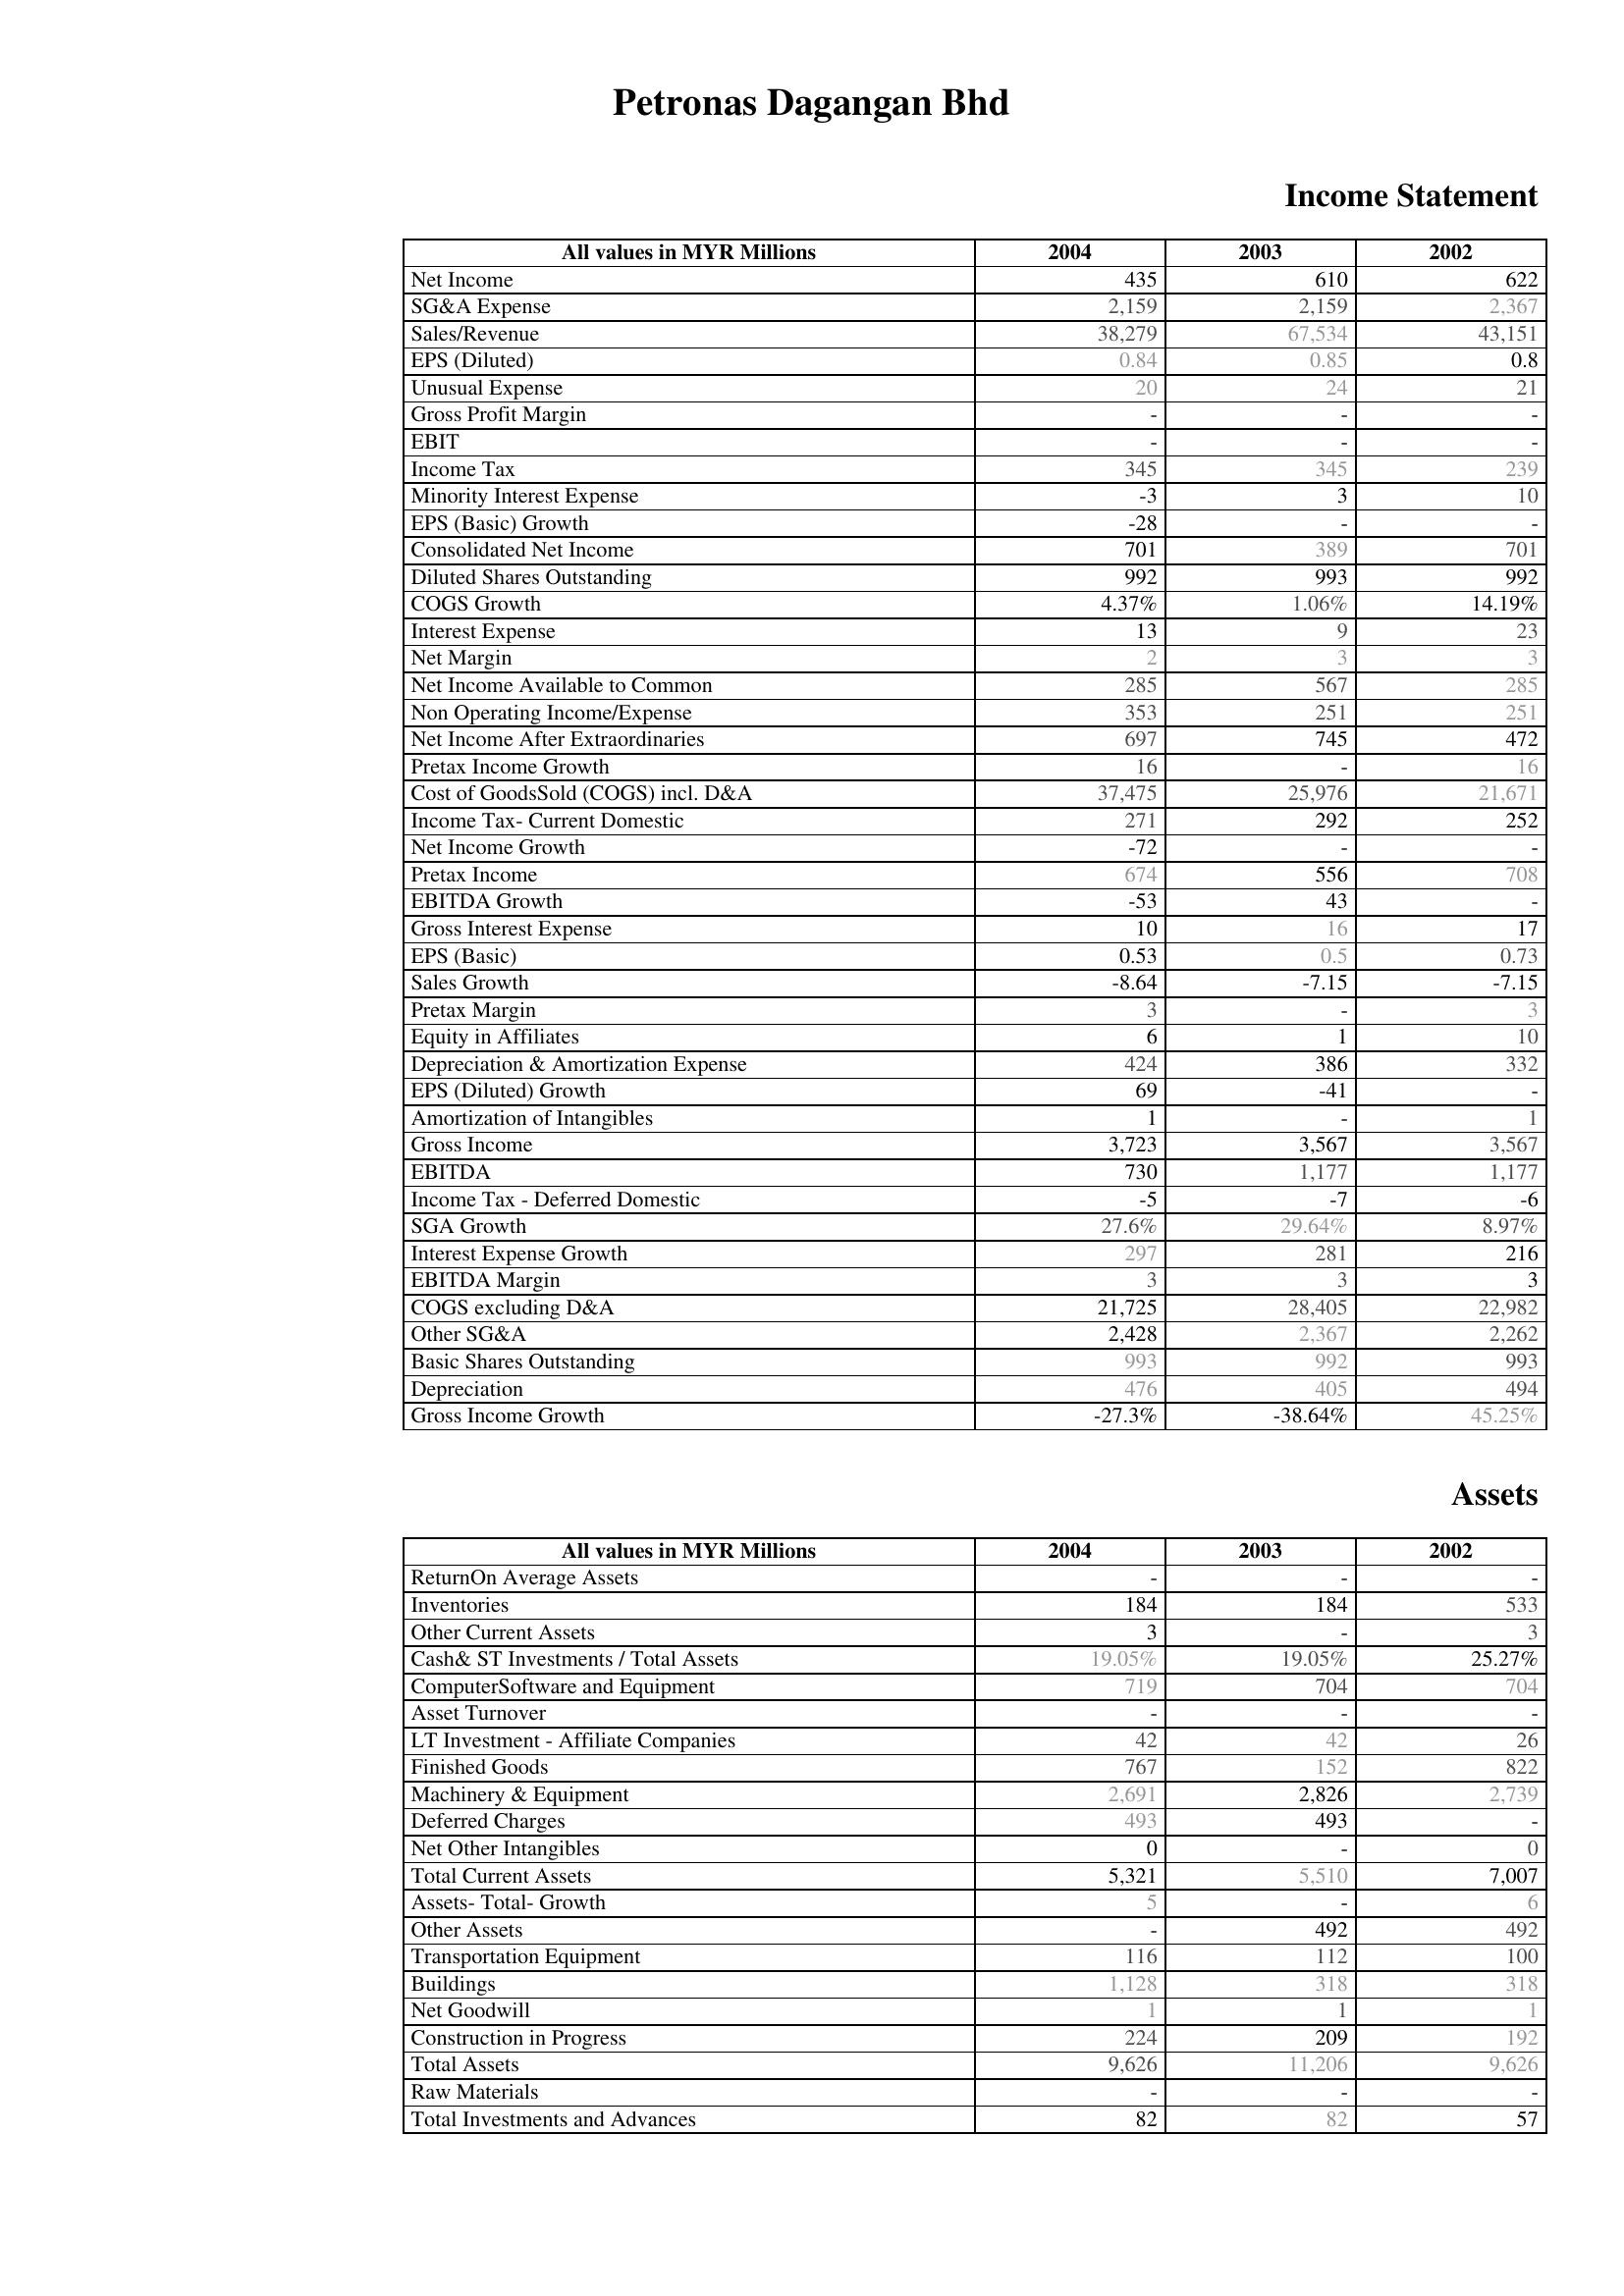
2004: Income Statement: Net Income: 435
SG&A Expense: 2,159
Sales/Revenue: 38,279
EPS (Diluted): 0.84
Unusual Expense: 20
Gross Profit Margin: -
EBIT: -
Income Tax: 345
Minority Interest Expense: -3
EPS (Basic) Growth: -28
Consolidated Net Income: 701
Diluted Shares Outstanding: 992
COGS Growth: 4.37%
Interest Expense: 13
Net Margin: 2
Net Income Available to Common: 285
Non Operating Income/Expense: 353
Net Income After Extraordinaries: 697
Pretax Income Growth: 16
Cost of GoodsSold (COGS) incl. D&A: 37,475
Income Tax- Current Domestic: 271
Net Income Growth: -72
Pretax Income: 674
EBITDA Growth: -53
Gross Interest Expense: 10
EPS (Basic): 0.53
Sales Growth: -8.64
Pretax Margin: 3
Equity in Affiliates: 6
Depreciation & Amortization Expense: 424
EPS (Diluted) Growth: 69
Amortization of Intangibles: 1
Gross Income: 3,723
EBITDA: 730
Income Tax - Deferred Domestic: -5
SGA Growth: 27.6%
Interest Expense Growth: 297
EBITDA Margin: 3
COGS excluding D&A: 21,725
Other SG&A: 2,428
Basic Shares Outstanding: 993
Depreciation: 476
Gross Income Growth: -27.3%
Assets: ReturnOn Average Assets: -
Inventories: 184
Other Current Assets: 3
Cash& ST Investments / Total Assets: 19.05%
ComputerSoftware and Equipment: 719
Asset Turnover: -
LT Investment - Affiliate Companies: 42
Finished Goods: 767
Machinery & Equipment: 2,691
Deferred Charges: 493
Net Other Intangibles: 0
Total Current Assets: 5,321
Assets- Total- Growth: 5
Other Assets: -
Transportation Equipment: 116
Buildings: 1,128
Net Goodwill: 1
Construction in Progress: 224
Total Assets: 9,626
Raw Materials: -
Total Investments and Advances: 82
2003: Income Statement: Net Income: 610
SG&A Expense: 2,159
Sales/Revenue: 67,534
EPS (Diluted): 0.85
Unusual Expense: 24
Gross Profit Margin: -
EBIT: -
Income Tax: 345
Minority Interest Expense: 3
EPS (Basic) Growth: -
Consolidated Net Income: 389
Diluted Shares Outstanding: 993
COGS Growth: 1.06%
Interest Expense: 9
Net Margin: 3
Net Income Available to Common: 567
Non Operating Income/Expense: 251
Net Income After Extraordinaries: 745
Pretax Income Growth: -
Cost of GoodsSold (COGS) incl. D&A: 25,976
Income Tax- Current Domestic: 292
Net Income Growth: -
Pretax Income: 556
EBITDA Growth: 43
Gross Interest Expense: 16
EPS (Basic): 0.5
Sales Growth: -7.15
Pretax Margin: -
Equity in Affiliates: 1
Depreciation & Amortization Expense: 386
EPS (Diluted) Growth: -41
Amortization of Intangibles: -
Gross Income: 3,567
EBITDA: 1,177
Income Tax - Deferred Domestic: -7
SGA Growth: 29.64%
Interest Expense Growth: 281
EBITDA Margin: 3
COGS excluding D&A: 28,405
Other SG&A: 2,367
Basic Shares Outstanding: 992
Depreciation: 405
Gross Income Growth: -38.64%
Assets: ReturnOn Average Assets: -
Inventories: 184
Other Current Assets: -
Cash& ST Investments / Total Assets: 19.05%
ComputerSoftware and Equipment: 704
Asset Turnover: -
LT Investment - Affiliate Companies: 42
Finished Goods: 152
Machinery & Equipment: 2,826
Deferred Charges: 493
Net Other Intangibles: -
Total Current Assets: 5,510
Assets- Total- Growth: -
Other Assets: 492
Transportation Equipment: 112
Buildings: 318
Net Goodwill: 1
Construction in Progress: 209
Total Assets: 11,206
Raw Materials: -
Total Investments and Advances: 82
2002: Income Statement: Net Income: 622
SG&A Expense: 2,367
Sales/Revenue: 43,151
EPS (Diluted): 0.8
Unusual Expense: 21
Gross Profit Margin: -
EBIT: -
Income Tax: 239
Minority Interest Expense: 10
EPS (Basic) Growth: -
Consolidated Net Income: 701
Diluted Shares Outstanding: 992
COGS Growth: 14.19%
Interest Expense: 23
Net Margin: 3
Net Income Available to Common: 285
Non Operating Income/Expense: 251
Net Income After Extraordinaries: 472
Pretax Income Growth: 16
Cost of GoodsSold (COGS) incl. D&A: 21,671
Income Tax- Current Domestic: 252
Net Income Growth: -
Pretax Income: 708
EBITDA Growth: -
Gross Interest Expense: 17
EPS (Basic): 0.73
Sales Growth: -7.15
Pretax Margin: 3
Equity in Affiliates: 10
Depreciation & Amortization Expense: 332
EPS (Diluted) Growth: -
Amortization of Intangibles: 1
Gross Income: 3,567
EBITDA: 1,177
Income Tax - Deferred Domestic: -6
SGA Growth: 8.97%
Interest Expense Growth: 216
EBITDA Margin: 3
COGS excluding D&A: 22,982
Other SG&A: 2,262
Basic Shares Outstanding: 993
Depreciation: 494
Gross Income Growth: 45.25%
Assets: ReturnOn Average Assets: -
Inventories: 533
Other Current Assets: 3
Cash& ST Investments / Total Assets: 25.27%
ComputerSoftware and Equipment: 704
Asset Turnover: -
LT Investment - Affiliate Companies: 26
Finished Goods: 822
Machinery & Equipment: 2,739
Deferred Charges: -
Net Other Intangibles: 0
Total Current Assets: 7,007
Assets- Total- Growth: 6
Other Assets: 492
Transportation Equipment: 100
Buildings: 318
Net Goodwill: 1
Construction in Progress: 192
Total Assets: 9,626
Raw Materials: -
Total Investments and Advances: 57